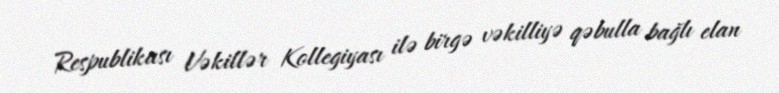
Respublikası Vəkillər Kollegiyası ilə birgə vəkilliyə qəbulla bağlı elan